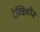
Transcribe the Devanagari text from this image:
ट्रेक्क्षितीज